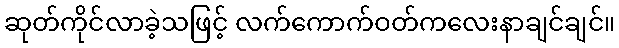
ဆုတ်ကိုင်လာခဲ့သဖြင့် လက်ကောက်ဝတ်ကလေးနာချင်ချင်။